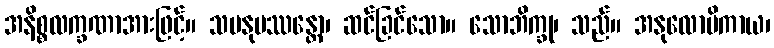
အနိစ္စလက္ခဏာအားဖြင့်။ သမနုပဿန္တော၊ ဆင်ခြင်သော။ သောဘိက္ခု၊ သည်။ အနုလောမိကာယ၊